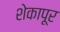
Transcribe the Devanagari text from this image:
शेकापूर